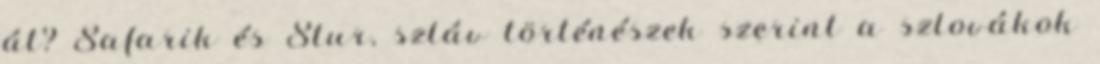
át? Safarik és Stur, szláv történészek szerint a szlovákok